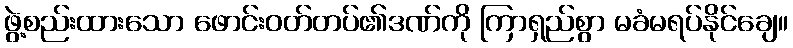
ဖွဲ့စည်းထားသော ဖောင်းဝတ်တပ်၏ဒဏ်ကို ကြာရှည်စွာ မခံမရပ်နိုင်ချေ။